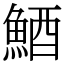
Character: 鯂